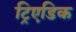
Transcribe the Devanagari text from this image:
ट्रिएडिक